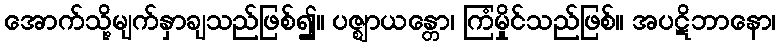
အောက်သို့မျက်နှာချသည်ဖြစ်၍။ ပဇ္ဈာယန္တော၊ ကြံမှိုင်သည်ဖြစ်။ အပဋိဘာနော၊